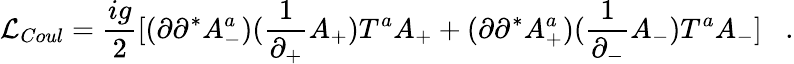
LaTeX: {\cal L}_{Coul}=\frac{ig}{2}[(\partial\partial^{*}A_{-}^{a})(\frac{1}{\partial_{+}}A_{+})T^{a}A_{+}+(\partial\partial^{*}A_{+}^{a})(\frac{1}{\partial_{-}}A_{-})T^{a}A_{-}]\; \; \; .